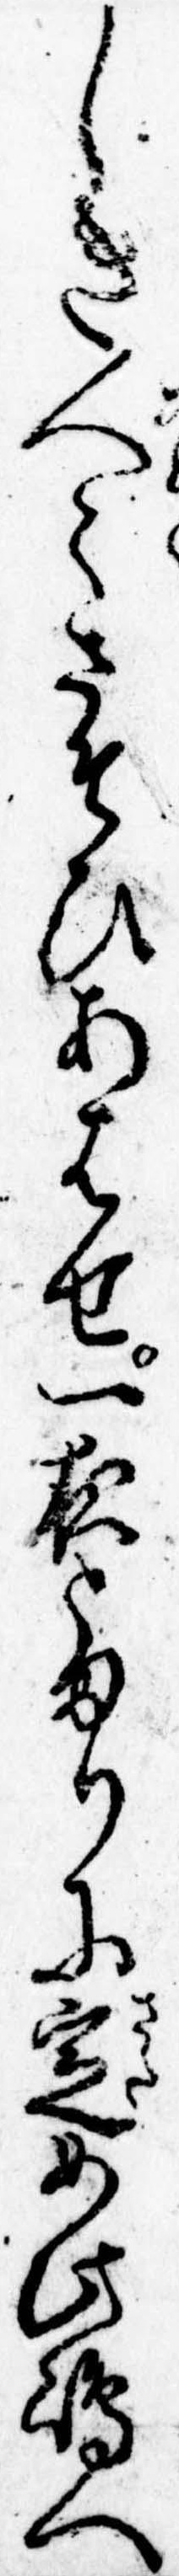
しき人々さそひあはせ一夜とまりに定め此島へ